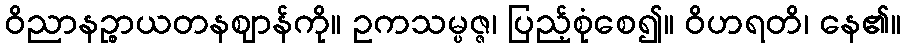
ဝိညာနဉ္စာယတနဈာန်ကို။ ဥကသမ္ပဇ္ဇ၊ ပြည့်စုံစေ၍။ ဝိဟရတိ၊ နေ၏။